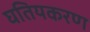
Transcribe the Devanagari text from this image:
घतियकरण